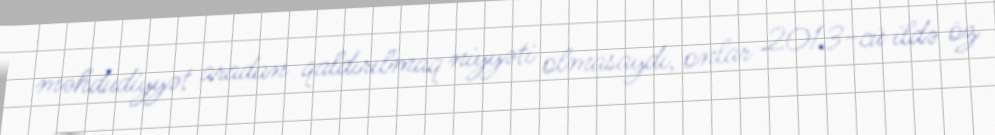
məhdudiyyət aradan qaldırılmaq niyyəti olmasaydı, onlar 2013-cü ildə öz